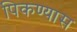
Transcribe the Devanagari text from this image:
पिकण्यास